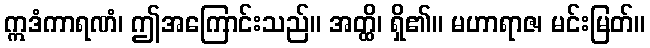
ဣဒံကာရဏံ၊ ဤအကြောင်းသည်။ အတ္ထိ၊ ရှိ၏။ မဟာရာဇ၊ မင်းမြတ်။